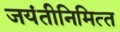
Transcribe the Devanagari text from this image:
जयंतीनिमित्‍त